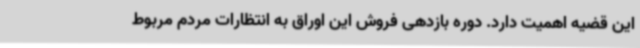
این قضیه اهمیت دارد. دوره بازدهی فروش این اوراق به انتظارات مردم مربوط